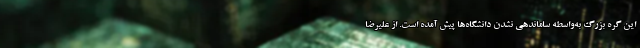
این گره بزرگ به‌واسطه ساماندهی نشدن دانشگاه‌ها پیش آمده است. از علیرضا